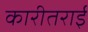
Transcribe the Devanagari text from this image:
कारीतराई